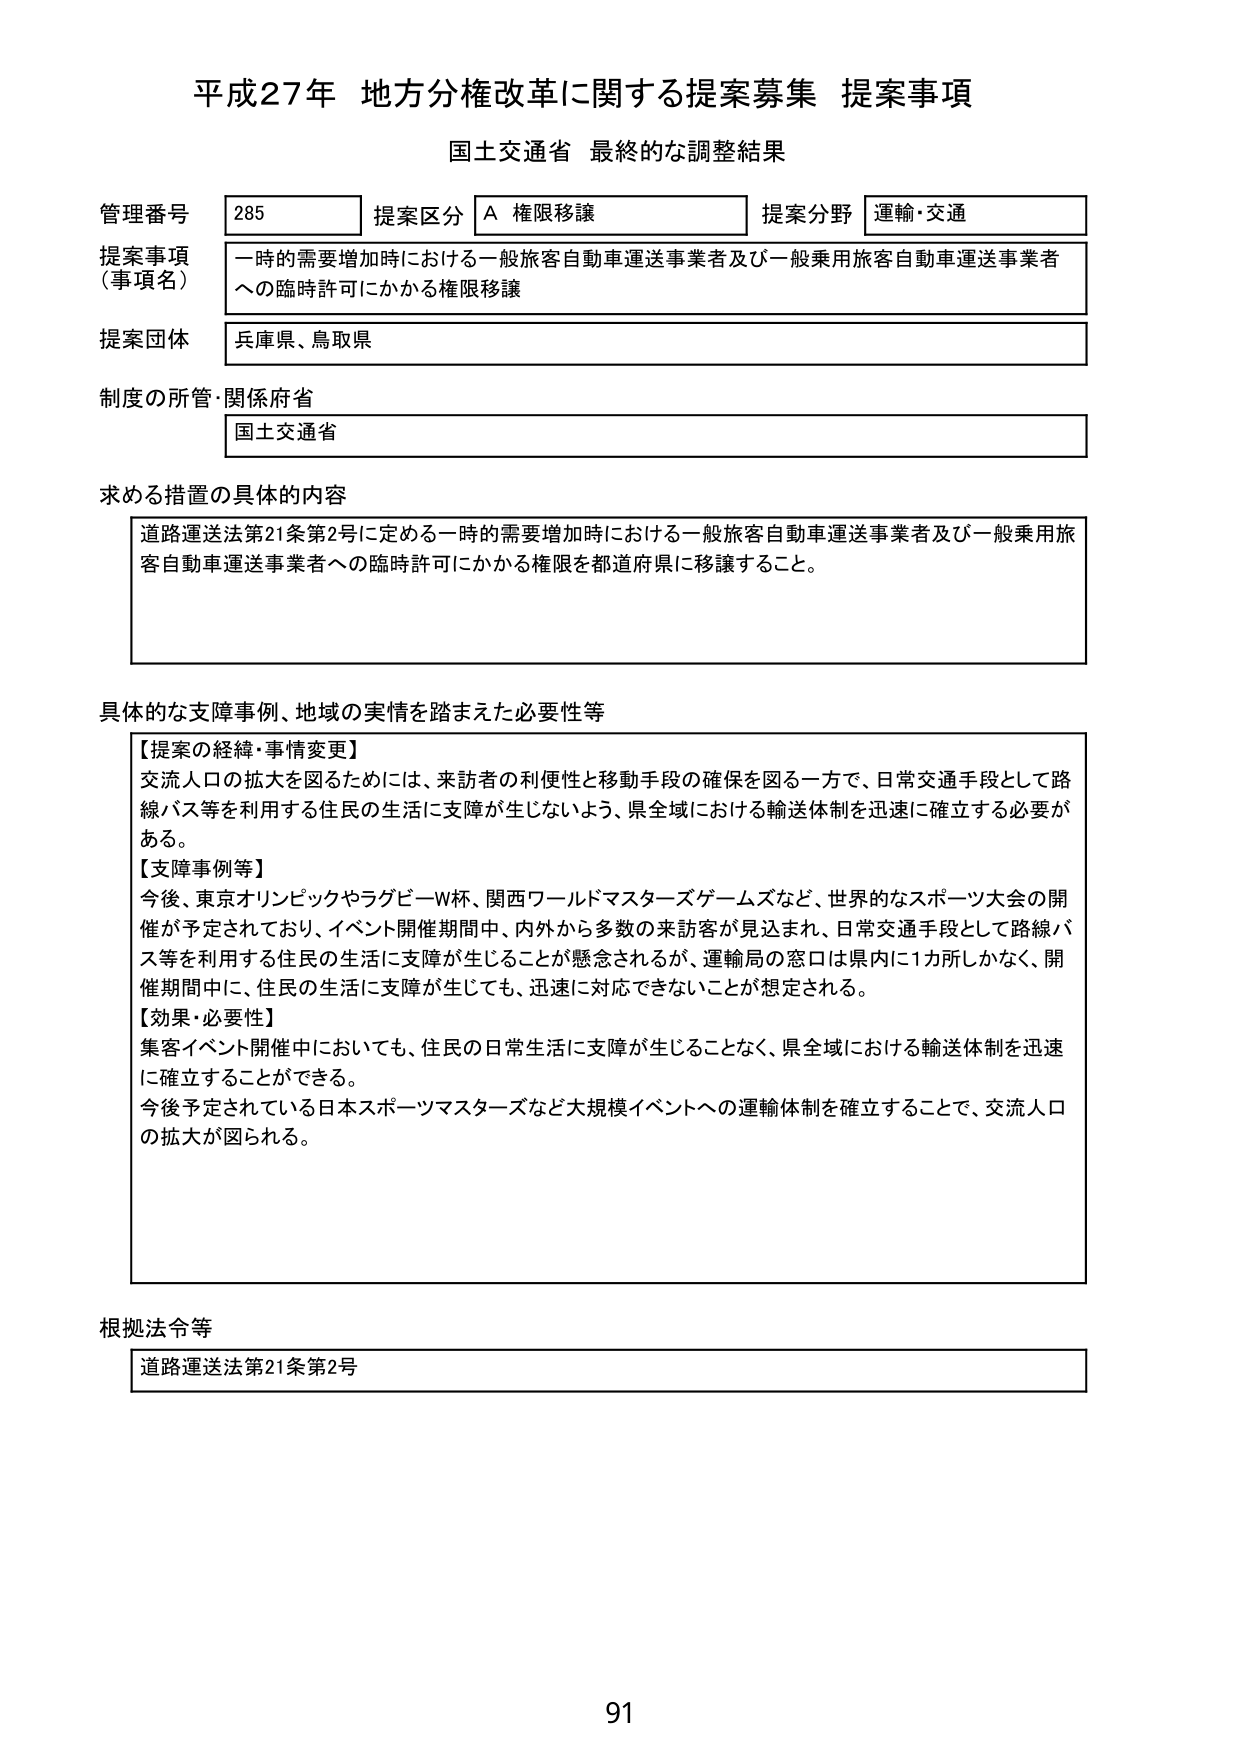
平成27年 地方分権改革に関する提案募集 提案事項
国土交通省 最終的な調整結果

管理番号 285
提案区分 A 権限移譲
提案分野 運輸・交通

提案事項（事項名）
一時的需要増加時における一般旅客自動車運送事業者及び一般乗用旅客自動車運送事業者への臨時許可にかかる権限移譲

提案団体
兵庫県、鳥取県

制度の所管・関係府省
国土交通省

求める措置の具体的な内容
道路運送法第21条第2号に定める一時的需要増加時における一般旅客自動車運送事業者及び一般乗用旅客自動車運送事業者への臨時許可にかかる権限を都道府県に移譲すること。

具体的な支障事例、地域の実情を踏まえた必要性等
【提案の経緯・事情変更】
交流人口の拡大を図るためには、来訪者の利便性と移動手段の確保を図る一方で、日常交通手段として路線バス等を利用する住民の生活に支障が生じないよう、県全域における輸送体制を迅速に確立する必要がある。
【支障事例等】
今後、東京オリンピックやラグビーW杯、関西ワールドマスターズゲームズなど、世界的なスポーツ大会の開催が予定されており、イベント開催期間中、内外から多数の来訪客が見込まれ、日常交通手段として路線バス等を利用する住民の生活に支障が生じることが懸念されるが、運輸局の窓口は県内に1カ所しかなく、開催期間中に、住民の生活に支障が生じても、迅速に対応できないことが想定される。
【効果・必要性】
集客イベント開催中においても、住民の日常生活に支障が生じることなく、県全域における輸送体制を迅速に確立することができる。
今後予定されている日本スポーツマスターズなど大規模イベントへの運輸体制を確立することで、交流人口の拡大が図られる。

根拠法令等
道路運送法第21条第2号

91